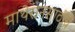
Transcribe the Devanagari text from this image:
माथेरानसाठीचे